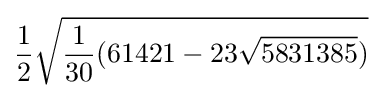
{\frac {1}{2}}{\sqrt {{\frac {1}{30}}(61421-23{\sqrt {5831385}})}}